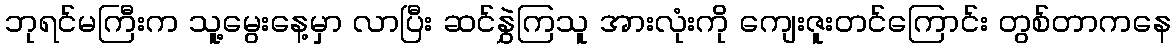
ဘုရင်မကြီးက သူ့မွေးနေ့မှာ လာပြီး ဆင်နွှဲကြသူ အားလုံးကို ကျေးဇူးတင်ကြောင်း တွစ်တာကနေ